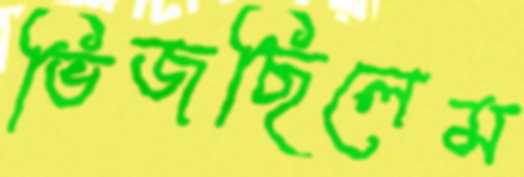
ভিজছিলেম